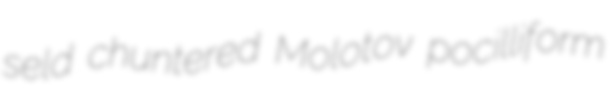
seld chuntered Molotov pocilliform